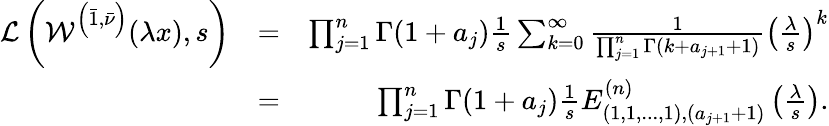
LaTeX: \begin{array}{rlr}{\mathcal{L}\left(\mathcal{W}^{\left(\bar{1},\bar{\nu}\right)}(\lambda x),s\right)}&{=}&{\prod_{j=1}^{n}\Gamma(1+a_{j})\frac{1}{s}\sum_{k=0}^{\infty}\frac{1}{\prod_{j=1}^{n}\Gamma(k+a_{j+1}+1)}\left(\frac{\lambda}{s}\right)^{k}}\\ &{=}&{\prod_{j=1}^{n}\Gamma(1+a_{j})\frac{1}{s}E_{(1,1,...,1),(a_{j+1}+1)}^{(n)}\left(\frac{\lambda}{s}\right).}\end{array}